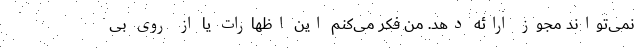
نمی‌تواند مجوز ارائه دهد. من فکر می‌کنم این اظهارات یا از روی بی